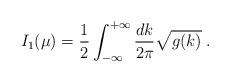
LaTeX: \begin{align*}I_1(\mu)={1\over 2} \int_{-\infty}^{+\infty} \frac {dk} {2 \pi} {\sqrt{g(k)}} \; .\end{align*}